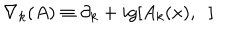
\nabla _ { k } ( A ) \equiv \partial _ { k } + i g [ A _ { k } ( x ) , \; \; ]